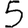
Digit: 5